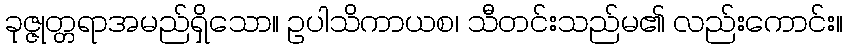
ခုဇ္ဇုတ္တရာအမည်ရှိသော။ ဥပါသိကာယစ၊ သီတင်းသည်မ၏ လည်းကောင်း။